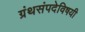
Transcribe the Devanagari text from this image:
ग्रंथसंपदेविषयी